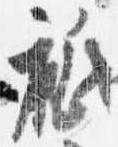
祇